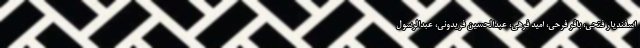
اسفندیار فتحی، باقر فرحی، امید فرهی، عبدالحسین فریدونی، عبدالرسول